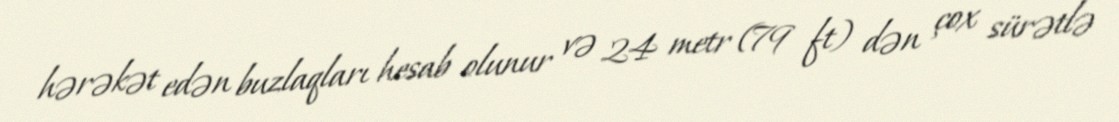
hərəkət edən buzlaqları hesab olunur və 24 metr (79 ft) dən çox sürətlə